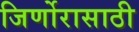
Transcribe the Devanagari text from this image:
जिर्णोरासाठी